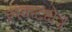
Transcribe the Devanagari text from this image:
संकटक्षेत्र